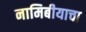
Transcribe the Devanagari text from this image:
नामिबीयाचा